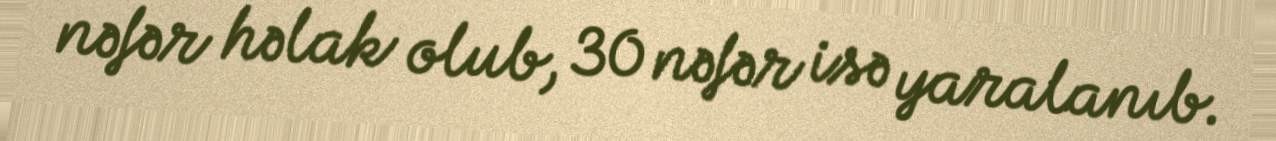
nəfər həlak olub, 30 nəfər isə yaralanıb.